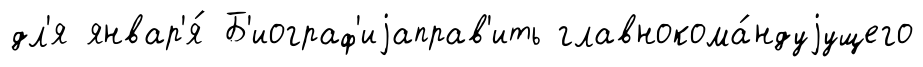
дл'я январ'я́ Б'иограф'иjаправ'ить главнокома́ндуjущего